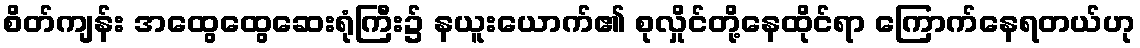
စိတ်ကျန်း အထွေထွေဆေးရုံကြီး၌ နယူးယောက်၏ စုလှိုင်တို့နေထိုင်ရာ ကြောက်နေရတယ်ဟု